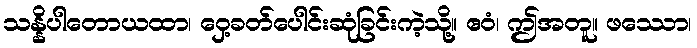
သန္နိပါတောယထာ၊ ဝှေ့ခတ်ပေါင်းဆုံခြင်းကဲ့သို့။ ဧဝံ၊ ဤအတူ။ ဖဿော၊